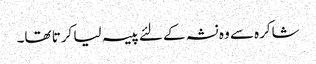
شاکرہ سے وہ نشہ کے لئے پیسہ لیا کرتا تھا۔